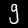
Label: 9